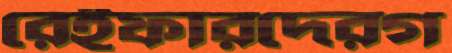
রেইফারদেরগ